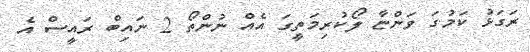
ރަގަޅު ކަމުގަ ވަންޏާ ލޯކުރިމަތީގަ އެއް ނުންތޯ 2 ނައިބް ރައީސް އެ